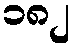
၁၈၂